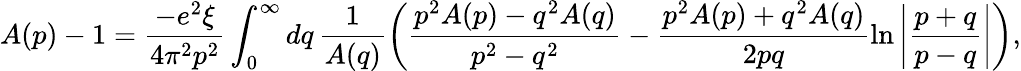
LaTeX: A(p)-1=\frac{-e^{2}\xi}{4\pi^{2}p^{2}}\int_{0}^{\infty}dq\, \frac{1}{A(q)}\left(\frac{p^{2}A(p)-q^{2}A(q)}{p^{2}-q^{2}}-\frac{p^{2}A(p)+q^{2}A(q)}{2pq}\ln\left|\frac{p+q}{p-q}\right|\right),